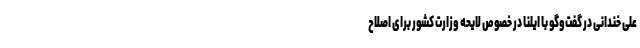
علی خندانی در گفت‌وگو با ایلنا در خصوص لایحه وزارت کشور برای اصلاح